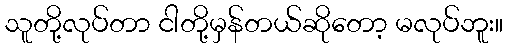
သူတို့လုပ်တာ ငါတို့မှန်တယ်ဆိုတော့ မလုပ်ဘူး။